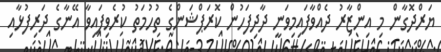
ޔަރްދޮގާން މި އިންޒާރު ދެއްވާފައިމިވަނީ ދާދިފަހުން ކޮރަޕްޝަންގެ ތުހުމަތު ކުރެވިފައިވާ އޭނާގެ ދަރިފުޅާއި